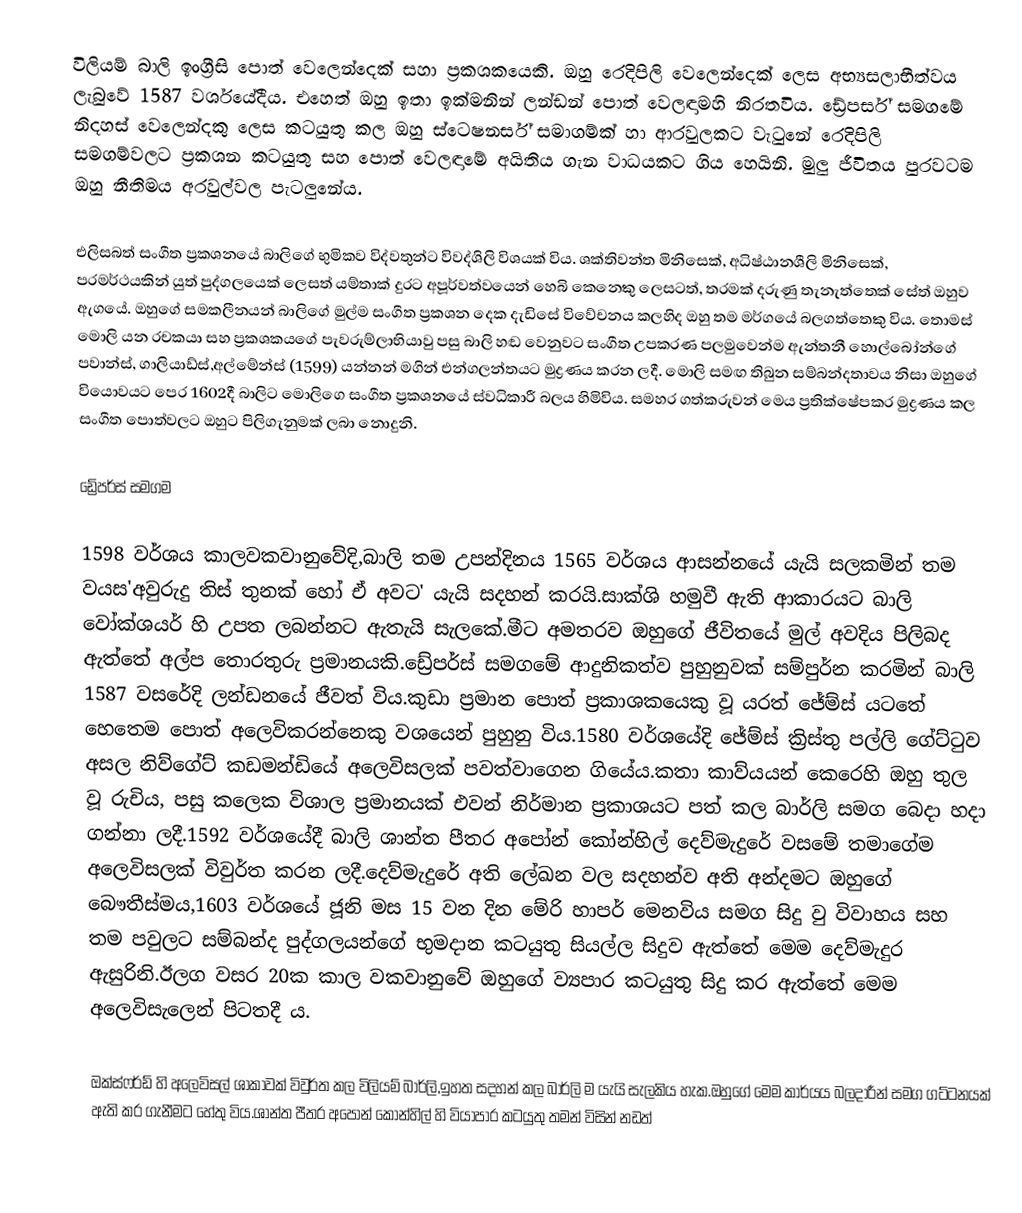
විලියම් බාලි ඉංග්‍රීසි පොත් වෙලෙන්දෙක් සහා ප්‍රකශකයෙකි. ඔහු රෙදිපිලි වෙලෙන්දෙක් ලෙස අභ්‍යසලාභීත්වය ලැබුවේ 1587 වර්ශයේදීය. එහෙත් ඔහු ඉතා ඉක්මනින් ලන්ඩන් පොත් වෙලඳාමහි නිරතවිය. ඩ්‍රේපර්ස් සමගමේ නිදහස් වෙලෙන්දකු ලෙස කටයුතු කල ඔහු  ස්ටෙෂනර්ස් සමාගම්ක් හා ආරවුලකට වැටුනේ රෙදිපිලි සමගම්වලට ප්‍රකශන කටයුතු සහ පොත් වෙලඳාමේ අයිතිය ගැන වාධයකට ගිය හෙයිනි. මුලු ජීවිතය පුරවටම ඔහු නීතිමය අරවුල්වල පැටලුනේය.

එලිසබත් සංගීත ප්‍රකශනයේ බාලිගේ භුමිකව විද්වතුන්ට විවද්ශිලි විශයක් විය. ශක්තිවන්ත මිනිසෙක්, අධිෂ්ඨානශීලි මිනිසෙක්, පරමර්ථයකින් යුත් පුද්ගලයෙක් ලෙසත් යම්තාක් දුරට අපූර්වත්වයෙන් හෙබි කෙනෙකු ලෙසටත්, තරමක් දරුණු තැනැත්තෙක් සේත් ඔහුව ඇගයේ. ඔහුගේ සමකලීනයන් බාලිගේ මුල්ම සංගීත ප්‍රකශන දෙක දැඩිසේ විවේචනය කලහිද ඔහු තම මර්ගයේ බලගත්තෙකු විය. තොමස් මොලි යන රචකයා සහ ප්‍රකශකයගේ පැවරුම්ලාභියාවු පසු බාලි හඬ වෙනුවට සංගීත උපකරණ පලමුවෙන්ම ඇන්තනී හොල්බෝන්ගේ පවාන්ස්, ගාලියාඩ්ස්,අල්මේන්ස් (1599) යන්නන් මගින් එන්ගලන්තයට මුද්‍රණය කරන ලදී. මොලි සමඟ තිබුන සම්බන්දතාවය නිසා ඔහුගේ වියොවයට පෙර 1602දී බාලිට මොලිගෙ සංගීත ප්‍රකශනයේ ස්වධිකාරී බලය හිමිවිය. සමහර ගත්කරුවන් මෙය ප්‍රතික්ෂේපකර මුද්‍රණය කල සංගීත පොත්වලට ඔහුට පිලිගැනුමක් ලබා නොදුනි.

ඩ්‍රේපර්ස් සමගම

1598 වර්ශය කාලවකවානුවේදි,බාලි තම උපන්දිනය 1565 වර්ශය ආසන්නයේ යැයි සලකමින් තම වයස'අවුරුදු තිස් තුනක් හෝ ඒ අවට' යැයි සදහන් කරයි.සාක්ශි හමුවී ඇති ආකාරයට බාලි වෝක්ශයර් හි උපත ලබන්නට ඇතැයි සැලකේ.මීට අමතරව ඔහුගේ ජීවිතයේ මුල් අවදිය පිලිබද ඇත්තේ අල්ප තොරතුරු ප්‍රමානයකි.ඩ්‍රේපර්ස් සමගමේ ආදුනිකත්ව පුහුනුවක් සම්පුර්න කරමින් බාලි 1587 වසරේදි ලන්ඩනයේ ජීවත් විය.කුඩා ප්‍රමාන පොත් ප්‍රකාශකයෙකු වූ යරත් ජේම්ස් යටතේ හෙතෙම පොත් අලෙවිකරන්නෙකු වශයෙන් පුහුනු විය.1580 වර්ශයේදි ජේම්ස් ක්‍රිස්තු පල්ලි ගේට්ටුව අසල නිව්ගේට් කඩමන්ඩියේ අලෙවිසලක් පවත්වාගෙන ගියේය.කතා කාව්යයන් කෙරෙහි ඔහු තුල වූ රුචිය, පසු කලෙක විශාල ප්‍රමානයක් එවන් නිර්මාන ප්‍රකාශයට පත් කල බාර්ලි සමග බෙදා හදා ගන්නා ලදී.1592 වර්ශයේදී බාලි ශාන්ත පීතර අපෝන් කෝන්හිල් දෙව්මැදුරේ වසමේ තමාගේම අලෙවිසලක් විවුර්ත කරන ලදී.දෙව්මැදුරේ අති ලේඛන වල සදහන්ව අති අන්දමට ඔහුගේ බෞතීස්මය,1603 වර්ශයේ ජූනි මස 15 වන දින මේරි හාපර් මෙනවිය සමග සිදු වු විවාහය සහ තම පවුලට සම්බන්ද පුද්ගලයන්ගේ භුමදාන කටයුතු සියල්ල සිදුව ඇත්තේ මෙම දෙව්මැදුර ඇසුරිනි.ඊලග වසර 20ක කාල වකවානුවේ ඔහුගේ ව්‍යපාර කටයුතු සිදු කර ඇත්තේ මෙම අලෙවිසැලෙන් පිටතදී ය.

ඔක්ස්ෆර්ඩ් හි අලෙවිසල් ශාකාවක් විවුර්ත කල විලියම් බාර්ලි,ඉහත සදහන් කල බාර්ලි ම යැයි සැලකිය හැක.ඔහුගේ මෙම කාර්යය බලදාරීන් සමග ගට්ටනයක් ඇති කර ගැනීමට හේතු විය.ශාන්ත පීතර අපෝන් කෝන්හිල් හි වියාපාර කටයුතු තමන් විසින් නඩත්